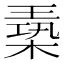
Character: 𪳈